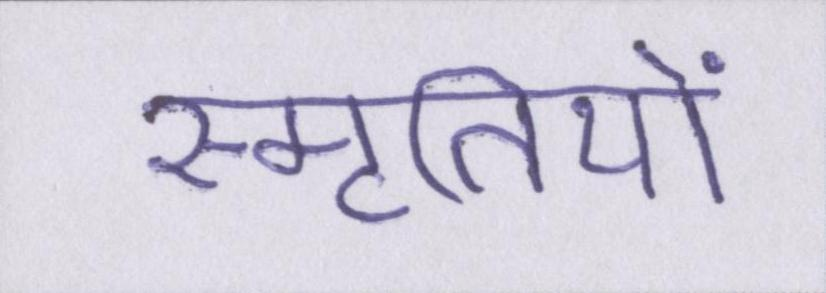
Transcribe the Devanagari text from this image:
स्मृतियों